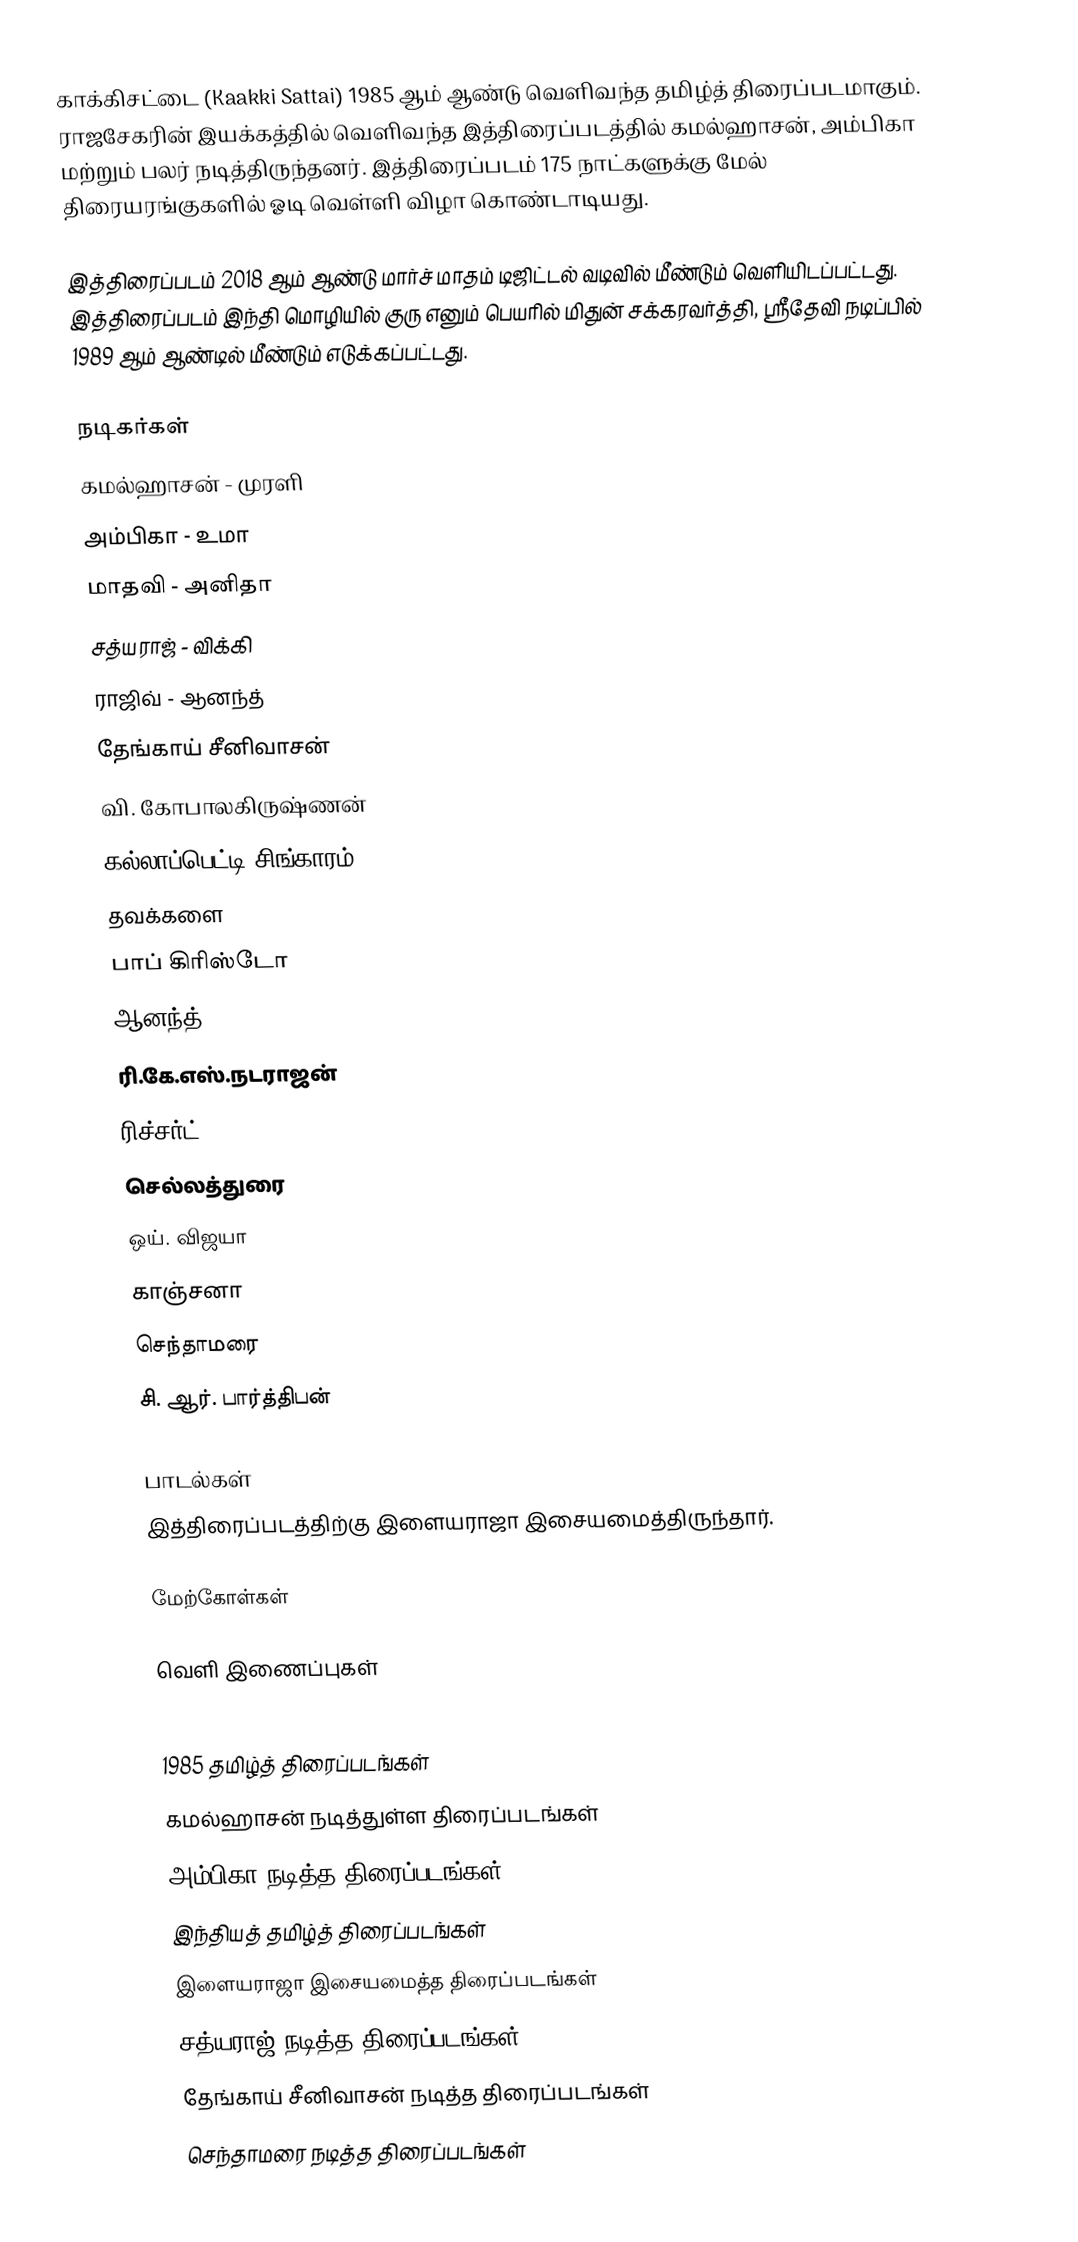
காக்கிசட்டை (Kaakki Sattai) 1985 ஆம் ஆண்டு வெளிவந்த தமிழ்த் திரைப்படமாகும். ராஜசேகரின் இயக்கத்தில் வெளிவந்த இத்திரைப்படத்தில் கமல்ஹாசன், அம்பிகா மற்றும் பலர் நடித்திருந்தனர். இத்திரைப்படம் 175 நாட்களுக்கு மேல் திரையரங்குகளில் ஓடி வெள்ளி விழா கொண்டாடியது.

இத்திரைப்படம் 2018 ஆம் ஆண்டு மார்ச் மாதம் டிஜிட்டல் வடிவில் மீண்டும் வெளியிடப்பட்டது. இத்திரைப்படம் இந்தி மொழியில் குரு எனும் பெயரில் மிதுன் சக்கரவர்த்தி, ஸ்ரீதேவி நடிப்பில் 1989 ஆம் ஆண்டில் மீண்டும் எடுக்கப்பட்டது.

நடிகர்கள்
 கமல்ஹாசன் - முரளி
 அம்பிகா - உமா
 மாதவி - அனிதா
 சத்யராஜ் - விக்கி
 ராஜிவ் - ஆனந்த்
 தேங்காய் சீனிவாசன்
 வி. கோபாலகிருஷ்ணன்
 கல்லாப்பெட்டி சிங்காரம்
 தவக்களை
 பாப் கிரிஸ்டோ
 ஆனந்த்
 ரி.கே.எஸ்.நடராஜன்
 ரிச்சர்ட்
 செல்லத்துரை
 ஒய். விஜயா
 காஞ்சனா
 செந்தாமரை
 சி. ஆர். பார்த்திபன்

பாடல்கள்
இத்திரைப்படத்திற்கு இளையராஜா இசையமைத்திருந்தார்.

மேற்கோள்கள்

வெளி இணைப்புகள்

1985 தமிழ்த் திரைப்படங்கள்
கமல்ஹாசன் நடித்துள்ள திரைப்படங்கள்
அம்பிகா நடித்த திரைப்படங்கள்
இந்தியத் தமிழ்த் திரைப்படங்கள்
இளையராஜா இசையமைத்த திரைப்படங்கள்
சத்யராஜ் நடித்த திரைப்படங்கள்
தேங்காய் சீனிவாசன் நடித்த திரைப்படங்கள்
செந்தாமரை நடித்த திரைப்படங்கள்